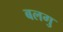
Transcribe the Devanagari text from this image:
बलगु